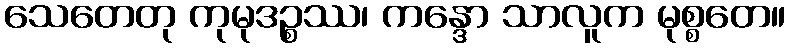
သေတေတု ကုမုဒဉ္စဿ၊ ကန္ဒော သာလူက မုစ္စတေ။